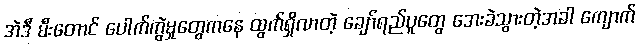
အဲဒီ မီးတောင် ပေါက်ကွဲမှုတွေကနေ ထွက်ရှိလာတဲ့ ချော်ရည်ပူတွေ အေးခဲသွားတဲ့အခါ ကျောက်